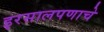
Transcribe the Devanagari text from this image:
इरसालपणाचे